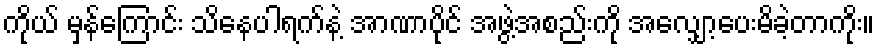
ကိုယ် မှန်ကြောင်း သိနေပါရက်နဲ့ အာဏာပိုင် အဖွဲ့အစည်းကို အလျှော့ပေးမိခဲ့တာကိုး။